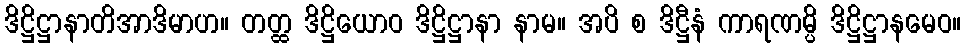
ဒိဋ္ဌိဋ္ဌာနာတိအာဒိမာဟ။ တတ္ထ ဒိဋ္ဌိယောဝ ဒိဋ္ဌိဋ္ဌာနာ နာမ။ အပိ စ ဒိဋ္ဌီနံ ကာရဏမ္ပိ ဒိဋ္ဌိဋ္ဌာနမေဝ။